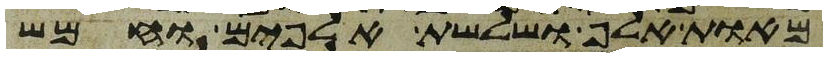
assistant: מאות אלף ושלשת אלפים וחמש